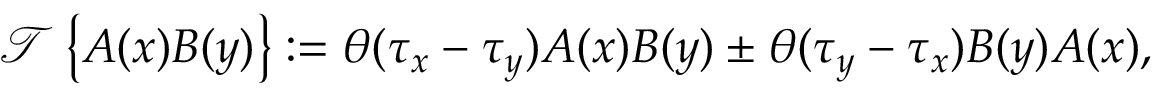
{ \mathcal { T } } \left\{ A ( x ) B ( y ) \right\} : = \theta ( \tau _ { x } - \tau _ { y } ) A ( x ) B ( y ) \pm \theta ( \tau _ { y } - \tau _ { x } ) B ( y ) A ( x ) ,